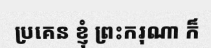
ប្រគេន ខ្ញុំ ព្រះករុណា ក៏